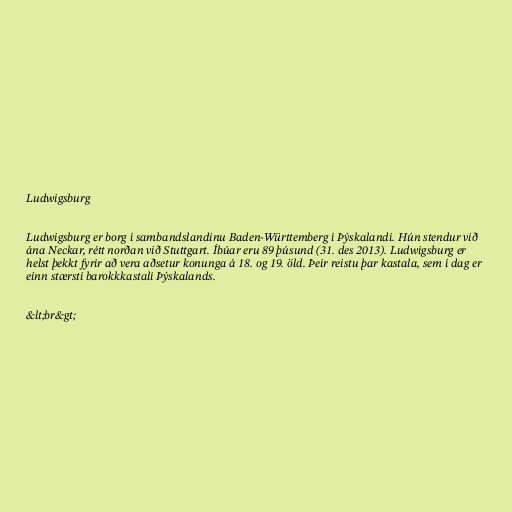
Ludwigsburg

Ludwigsburg er borg í sambandslandinu Baden-Württemberg í Þýskalandi. Hún stendur við
ána Neckar, rétt norðan við Stuttgart. Íbúar eru 89 þúsund (31. des 2013). Ludwigsburg er
helst þekkt fyrir að vera aðsetur konunga á 18. og 19. öld. Þeir reistu þar kastala, sem í dag er
einn stærsti barokkkastali Þýskalands.

&lt;br&gt;